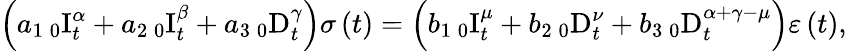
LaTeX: \left(a_{1}\, _{0}\mathrm{I}_{t}^{\alpha}+a_{2}\, _{0}\mathrm{I}_{t}^{\beta}+a_{3}\, _{0}\mathrm{D}_{t}^{\gamma}\right)\sigma\left(t\right)=\left(b_{1}\, _{0}\mathrm{I}_{t}^{\mu}+b_{2}\, _{0}\mathrm{D}_{t}^{\nu}+b_{3}\, _{0}\mathrm{D}_{t}^{\alpha+\gamma-\mu}\right)\varepsilon\left(t\right),